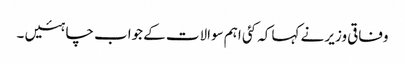
وفاقی وزیر نے کہا کہ کئی اہم سوالات کے جواب چاہئیں ۔